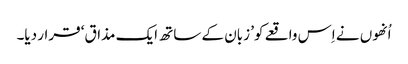
اُنھوں نے اِس واقعے کو’ زبان کے ساتھ ایک مذاق‘ قرار دیا۔